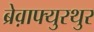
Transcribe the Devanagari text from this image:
ब्रेव़ाफ्युरथुर